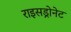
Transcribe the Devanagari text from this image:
राइसड्रोनेट